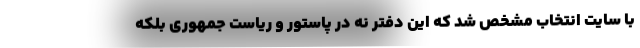
با سایت انتخاب مشخص شد که این دفتر نه در پاستور و ریاست جمهوری بلکه